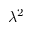
\lambda ^ { 2 }